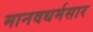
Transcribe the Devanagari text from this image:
मानवधर्मसार